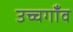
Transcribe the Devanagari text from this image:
उच्चगाँव